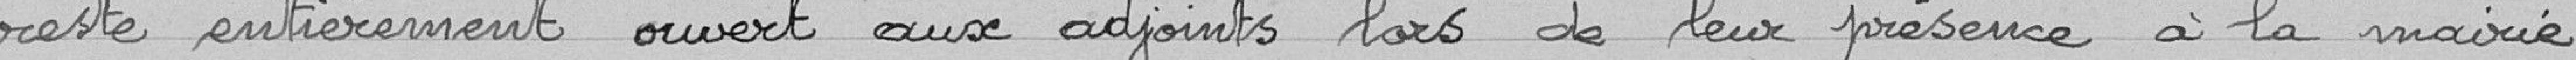
reste entièrement ouvert aux adjoints lors de leur présence à la mairie.